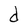
Character: d